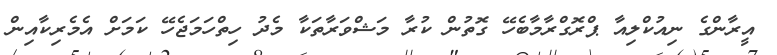
އީރާންގެ ނިއުކްލިއާ ޕްރޮގްރާމާބެހޭ ގޮތުން ކުރާ މަޝްވަރާތަކާ މެދު ހިތްހަމަޖެހޭ ކަމަށް އެމެރިކާއިން